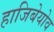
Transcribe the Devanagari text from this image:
हाजिबेयोव